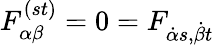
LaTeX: F_{\alpha\beta}^{(st)}=0=F_{{\dot{\alpha}}s,{\dot{\beta}}t}